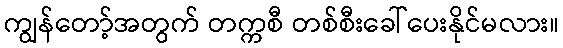
ကျွန်တော့်အတွက် တက္ကစီ တစ်စီးခေါ်ပေးနိုင်မလား။